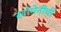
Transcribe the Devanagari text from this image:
खोमेनीची